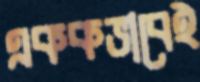
এককভাবেই